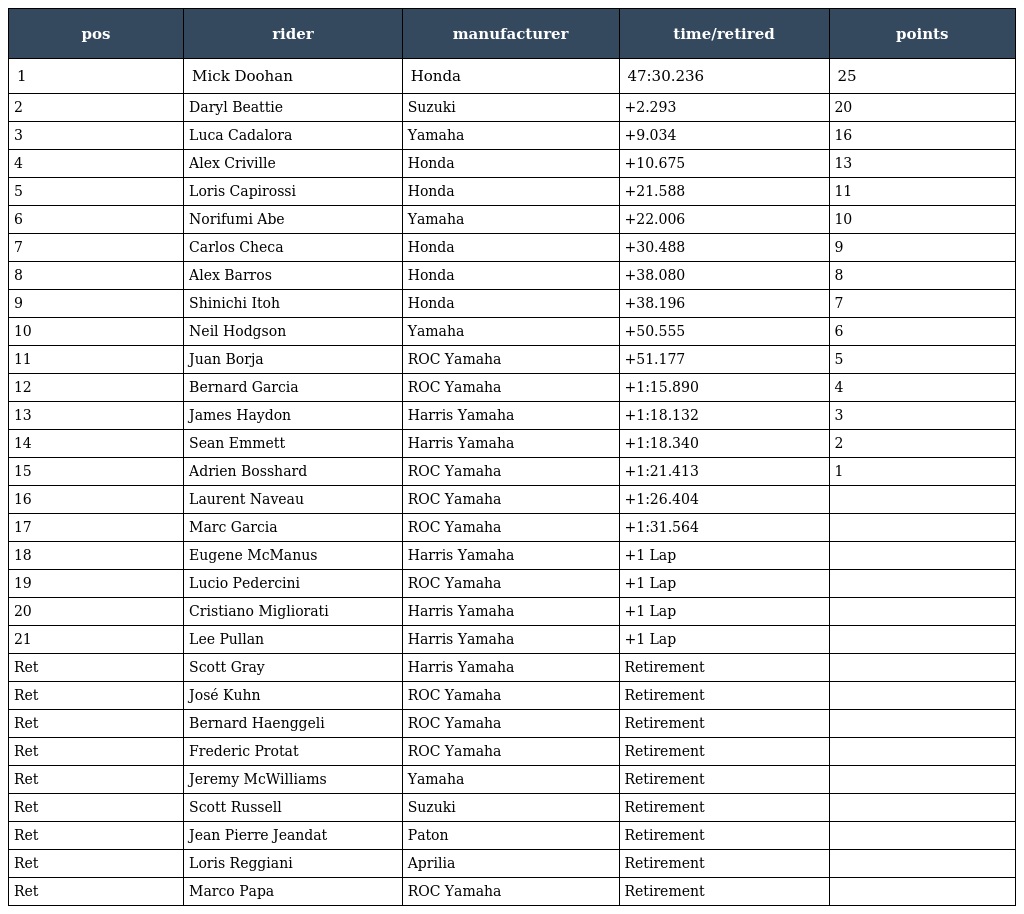
| pos | rider | manufacturer | time/retired | points |
 | --- | --- | --- | --- | --- |
 | 1 | Mick Doohan | Honda | 47:30.236 | 25 |
 | 2 | Daryl Beattie | Suzuki | +2.293 | 20 |
 | 3 | Luca Cadalora | Yamaha | +9.034 | 16 |
 | 4 | Alex Criville | Honda | +10.675 | 13 |
 | 5 | Loris Capirossi | Honda | +21.588 | 11 |
 | 6 | Norifumi Abe | Yamaha | +22.006 | 10 |
 | 7 | Carlos Checa | Honda | +30.488 | 9 |
 | 8 | Alex Barros | Honda | +38.080 | 8 |
 | 9 | Shinichi Itoh | Honda | +38.196 | 7 |
 | 10 | Neil Hodgson | Yamaha | +50.555 | 6 |
 | 11 | Juan Borja | ROC Yamaha | +51.177 | 5 |
 | 12 | Bernard Garcia | ROC Yamaha | +1:15.890 | 4 |
 | 13 | James Haydon | Harris Yamaha | +1:18.132 | 3 |
 | 14 | Sean Emmett | Harris Yamaha | +1:18.340 | 2 |
 | 15 | Adrien Bosshard | ROC Yamaha | +1:21.413 | 1 |
 | 16 | Laurent Naveau | ROC Yamaha | +1:26.404 |  |
 | 17 | Marc Garcia | ROC Yamaha | +1:31.564 |  |
 | 18 | Eugene McManus | Harris Yamaha | +1 Lap |  |
 | 19 | Lucio Pedercini | ROC Yamaha | +1 Lap |  |
 | 20 | Cristiano Migliorati | Harris Yamaha | +1 Lap |  |
 | 21 | Lee Pullan | Harris Yamaha | +1 Lap |  |
 | Ret | Scott Gray | Harris Yamaha | Retirement |  |
 | Ret | José Kuhn | ROC Yamaha | Retirement |  |
 | Ret | Bernard Haenggeli | ROC Yamaha | Retirement |  |
 | Ret | Frederic Protat | ROC Yamaha | Retirement |  |
 | Ret | Jeremy McWilliams | Yamaha | Retirement |  |
 | Ret | Scott Russell | Suzuki | Retirement |  |
 | Ret | Jean Pierre Jeandat | Paton | Retirement |  |
 | Ret | Loris Reggiani | Aprilia | Retirement |  |
 | Ret | Marco Papa | ROC Yamaha | Retirement |  |